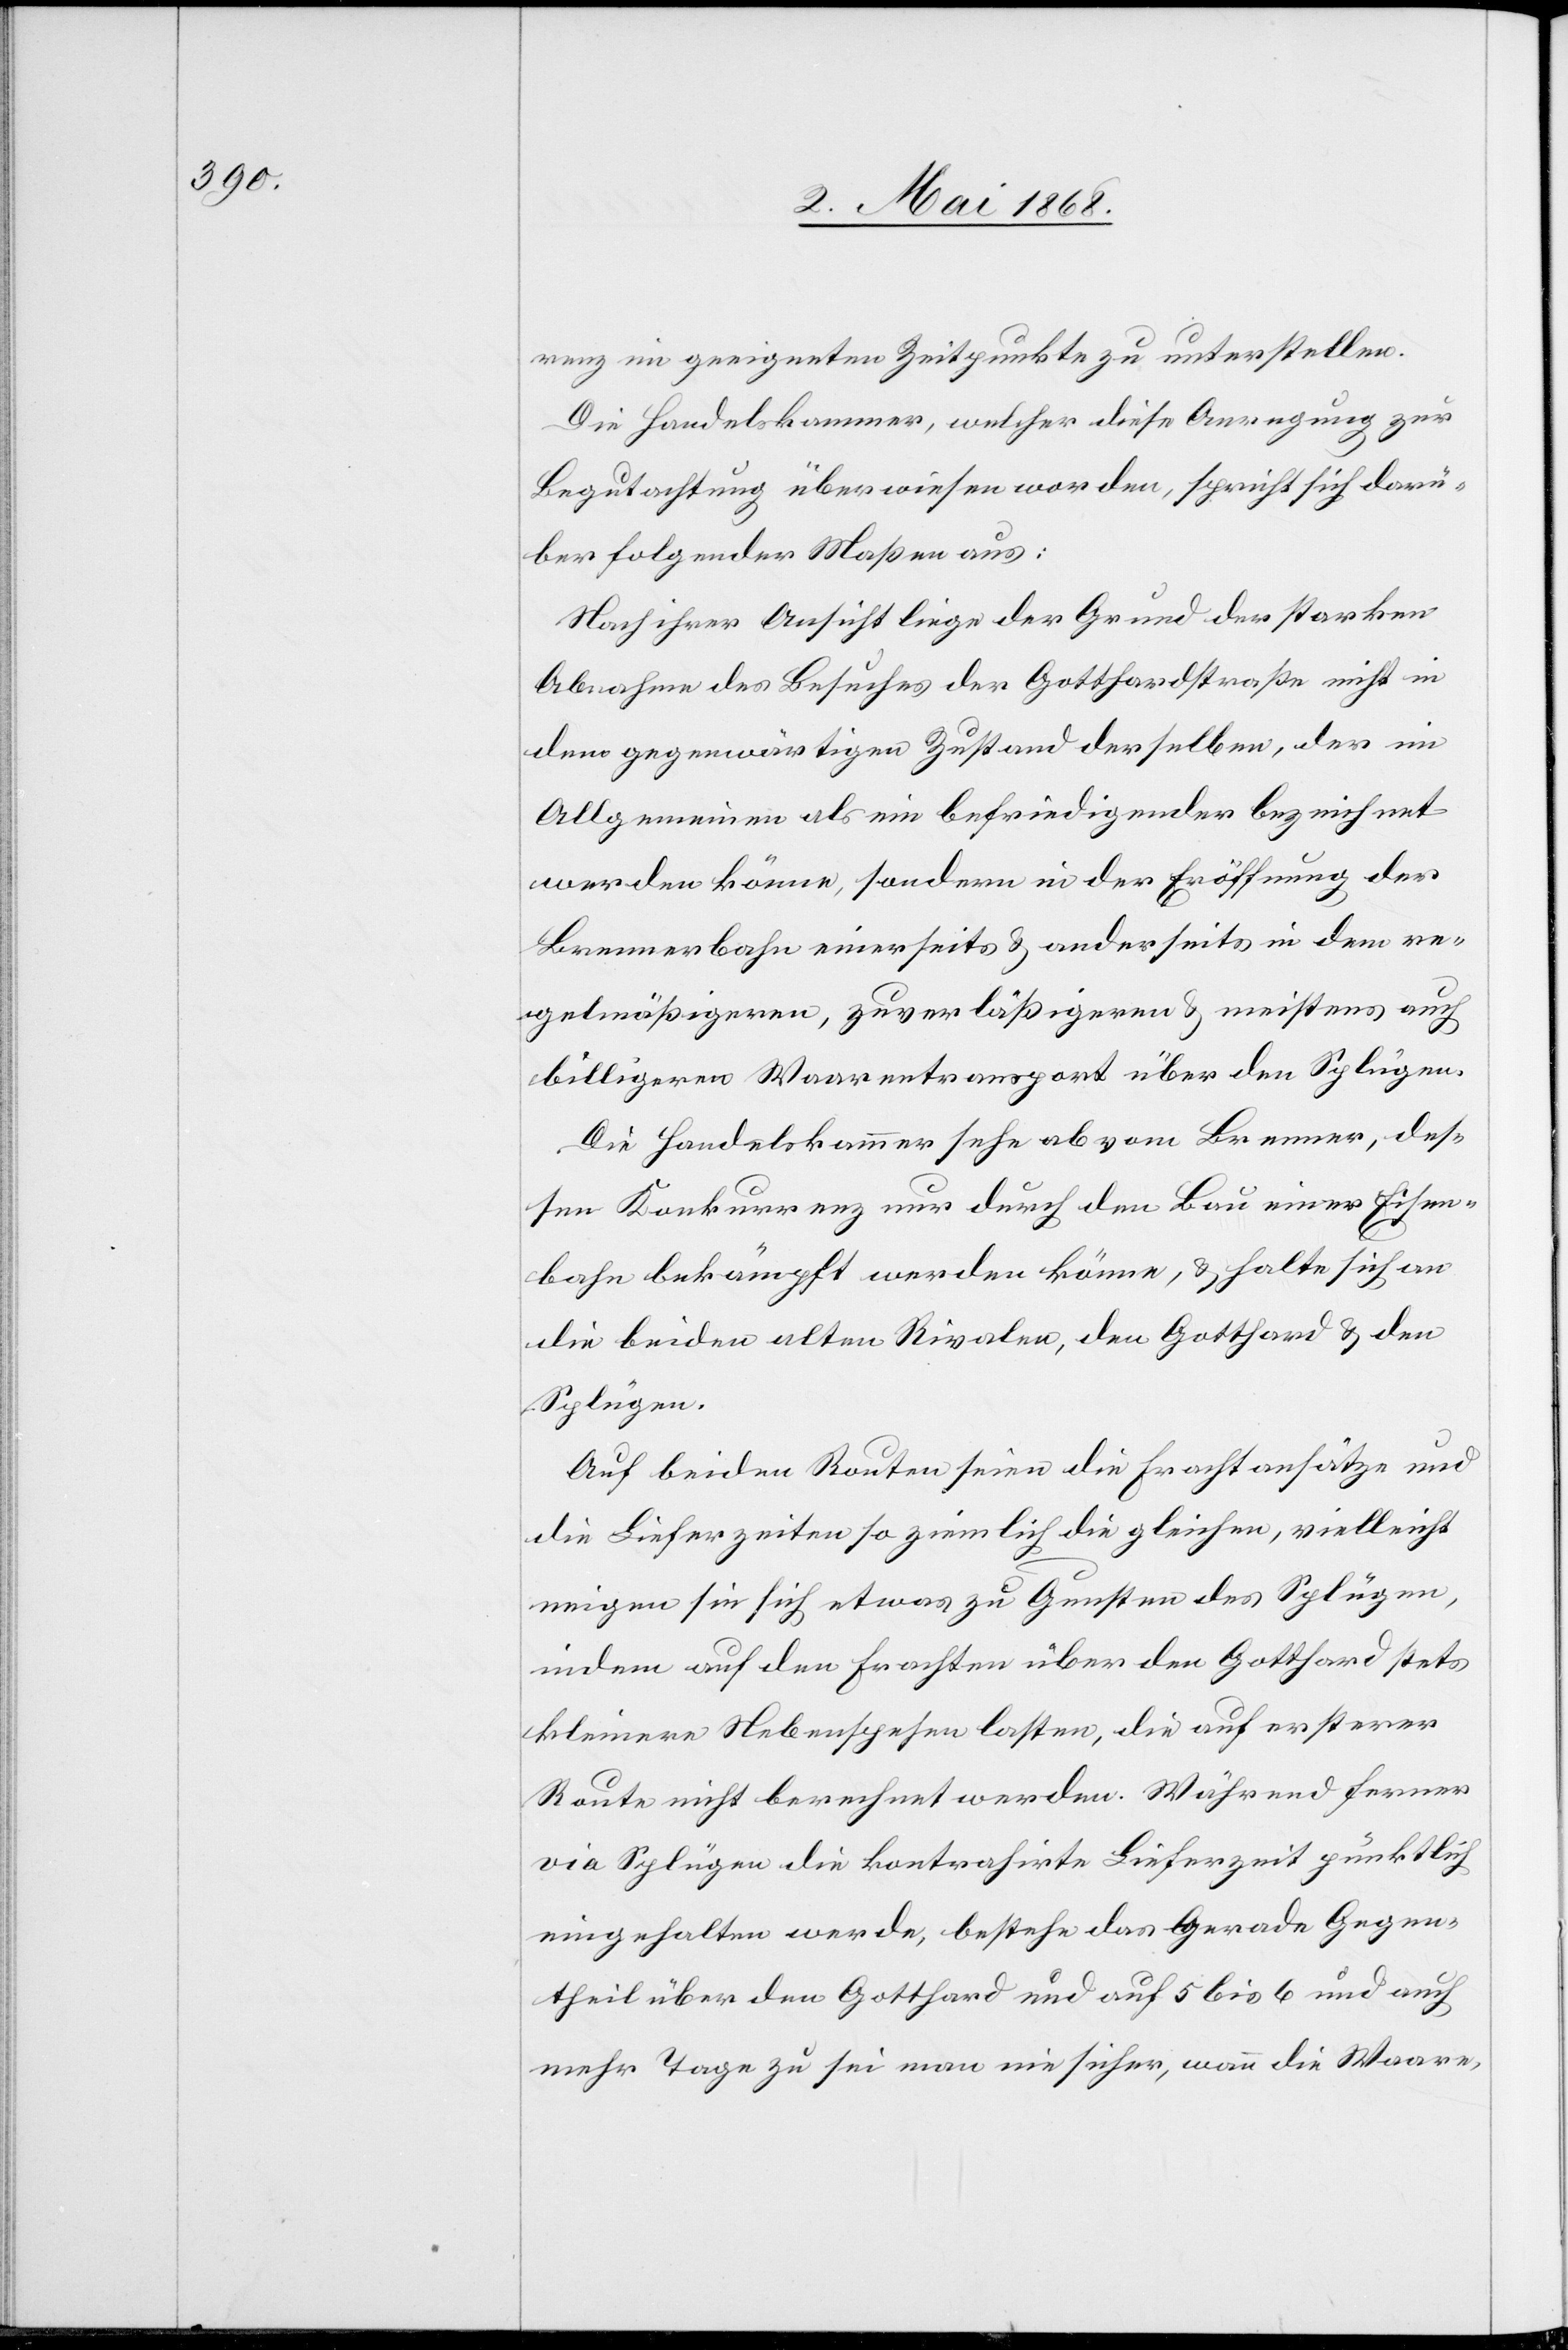
renz im geeigneten Zeitpunkte zu unterstellen.
Die Handelskammer, welcher diese Anregung zur
Begutachtung überwiesen worden, spricht sich darü¬
ber folgender Maßen aus:
Nach ihrer Ansicht liege der Grund der starken
Abnahme des Besuches der Gotthardstraße nicht in
dem gegenwärtigen Zustand derselben, der im
Allgemeinen als ein befriedigender bezeichnet
werden könne, sondern in der Eröffnung der
Brennerbahn einerseits & anderseits in dem re¬
gelmäßigeren, zuverläßigeren & meistens auch
billigeren Waarentransport über den Splügen.
Die Handelskammer sehe ab vom Brenner, des¬
sen Konkurrenz nur durch den Bau einer Eisen¬
bahn bekämpft werden könne, & halte sich an
die beiden alten Rivalen, den Gotthard & den
Splügen.
Auf beiden Routen seien die Frachtansätze und
die Lieferzeiten so ziemlich die gleichen, vielleicht
neigen sie sich etwas zu Gunsten des Splügen,
indem auf den Frachten über den Gotthard stets
kleinere Nebenspesen lasten, die auf ersterer
Route nicht berechnet werden. Während ferner
via Splügen die kontrahirte Lieferzeit pünktlich
eingehalten werde, bestehe das gerade Gegen¬
theil über den Gotthard und auf 5 bis 6 und auch
mehr Tage zu sei man nie sicher, wann die Waare,